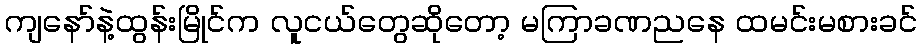
ကျနော်နဲ့ထွန်းမြိုင်က လူငယ်တွေဆိုတော့ မကြာခဏညနေ ထမင်းမစားခင်